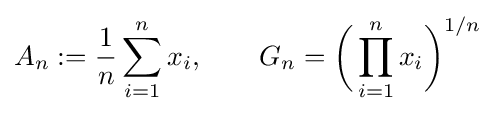
A_{n}:={\frac {1}{n}}\sum _{i=1}^{n}x_{i},\qquad G_{n}={\biggl (}\prod _{i=1}^{n}x_{i}{\biggr )}^{1/n}